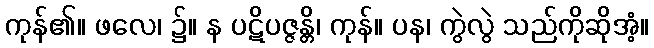
ကုန်၏။ ဖလေ၊ ၌။ န ပဋိပဇ္ဇန္တိ၊ ကုန်။ ပန၊ ကွဲလွဲ သည်ကိုဆိုအံ့။